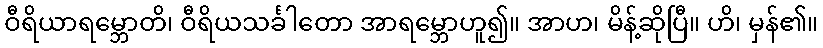
ဝီရိယာရမ္ဘောတိ၊ ဝီရိယသင်္ခါတော အာရမ္ဘောဟူ၍။ အာဟ၊ မိန့်ဆိုပြီ။ ဟိ၊ မှန်၏။